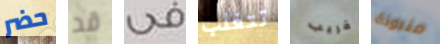
حضر قد فى تتغلب قريب منبوذة